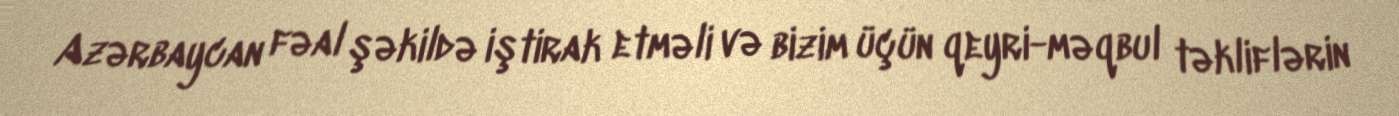
Azərbaycan fəal şəkildə iştirak etməli və bizim üçün qeyri-məqbul təkliflərin